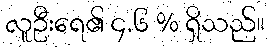
လူဦးရေ၏ ၄.၆ % ရှိသည်။